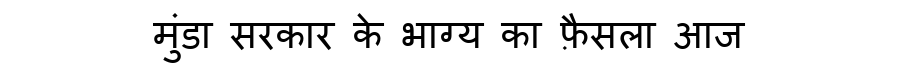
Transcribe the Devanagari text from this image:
मुंडा सरकार के भाग्य का फ़ैसला आज